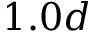
1 . 0 d